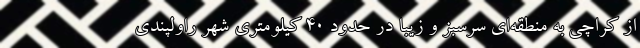
از كراچي به منطقه‌اي سرسبز و زيبا در حدود 40 كيلومتري شهر راولپندي